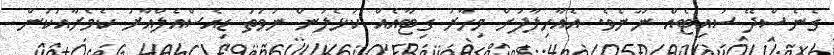
ގެނެސްދޭ ސައިޓެއް ނޫނެވެ. އެއާހިލާފަށް މިހާރު ގިޓާއެއް ކުޅެލަން ނުވަތަ ޑިއެސްއެލްއާރު ކެމެރާއަކުން